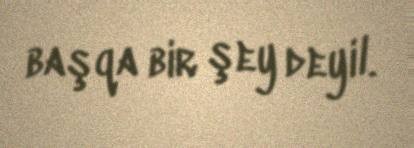
başqa bir şey deyil.